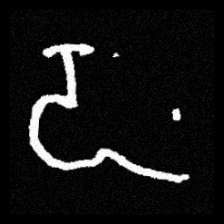
Pyu character \u2014 Myanmar letter: ဍ (romanized: dda)